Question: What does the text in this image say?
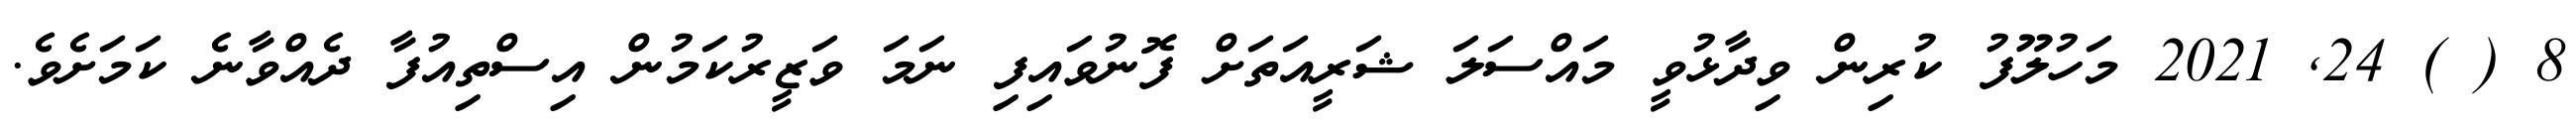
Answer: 8 ( ) 24, 2021 މަހުލޫފު ކުރިން ވިދާޅުވީ މައްސަލަ ޝަރީއަތަށް ފޮނުވައިފި ނަމަ ވަޒީރުކަމުން އިސްތިއުފާ ދެއްވާނެ ކަމަށެވެ.